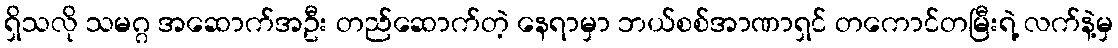
ရှိသလို သမဂ္ဂ အဆောက်အဦး တည်ဆောက်တဲ့ နေရာမှာ ဘယ်စစ်အာဏာရှင် တကောင်တမြီးရဲ့ လက်နဲ့မှ